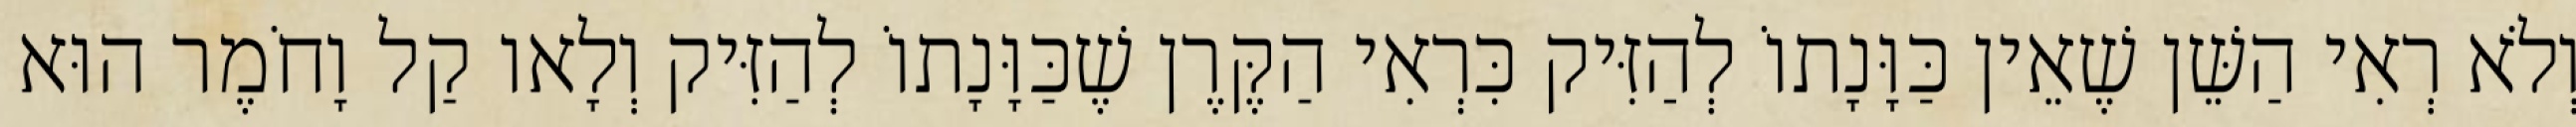
וְלֹא רְאִי הַשֵּׁן שֶׁאֵין כַּוָּנָתוֹ לְהַזִּיק כִּרְאִי הַקֶּרֶן שֶׁכַּוָּנָתוֹ לְהַזִּיק וְלָאו קַל וָחֹמֶר הוּא